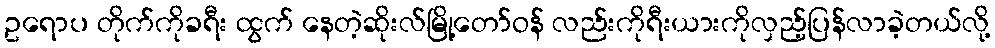
ဥရောပ တိုက်ကိုခရီး ထွက် နေတဲ့ဆိုးလ်မြို့တော်ဝန် လည်းကိုရီးယားကိုလှည့်ပြန်လာခဲ့တယ်လို့